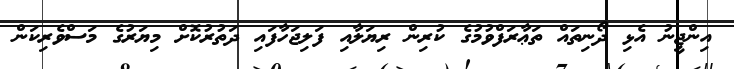
އިންޖީނު އެޅި ދޯނިތައް ތަޢާރަފްވުމުގެ ކުރިން ރިޔަލާއި ފަލިޖަހާފައި ދަތުރުކޮށް މިޔަރުގެ މަސްވެރިކަން